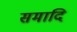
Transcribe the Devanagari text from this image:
समादि